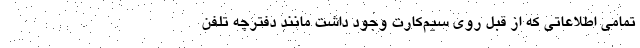
تمامی‌ اطلاعاتی که از قبل روی سیم‌کارت وجود داشت مانند دفترچه تلفن